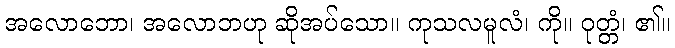
အလောဘော၊ အလောဘဟု ဆိုအပ်သော။ ကုသလမူလံ၊ ကို။ ဝုတ္တံ၊ ၏။